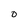
Character: O